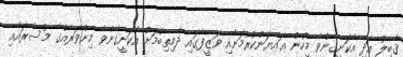
ޤާބިލު އަދި އެކަށީގެންވާ މީހުން ޢައްޔަންކުރުމަށާއި ވަޒީފާގައި ދެމިތިބުމަށް އެކަށީގެންވާ މިންވަރެއްގެ މުސާރައާއި